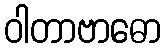
ဝါတာဗာဓော